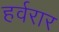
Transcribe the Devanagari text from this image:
हर्वरार